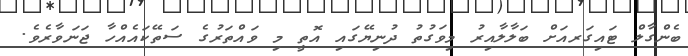
ބެންގާލް ޓައިގަރއަށް ބަލާލާއިރު މިވަގުތު ދުނިޔޭގައި އޮތީ މި ވައްތަރުގެ ސަތޭކައެއްހާ ޖަނަވާރެވެ.